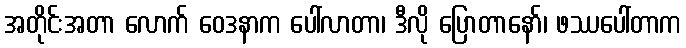
အတိုင်းအတာ လောက် ဝေဒနာက ပေါ်လာတာ၊ ဒီလို ပြောတာနော်၊ ဖဿပေါ်တာက